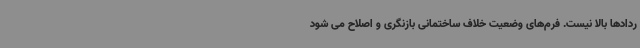
ردادها بالا نیست. فرم‌های وضعیت خلاف ساختمانی بازنگری و اصلاح می شود